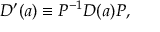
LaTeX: D ^ { \prime } ( a ) \equiv P ^ { - 1 } D ( a ) P ,